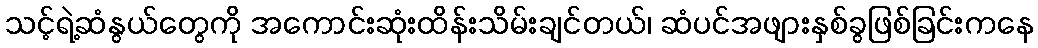
သင့်ရဲ့ဆံနွယ်တွေကို အကောင်းဆုံးထိန်းသိမ်းချင်တယ်၊ ဆံပင်အဖျားနှစ်ခွဖြစ်ခြင်းကနေ